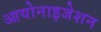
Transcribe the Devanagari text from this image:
आयोनाइजेशन